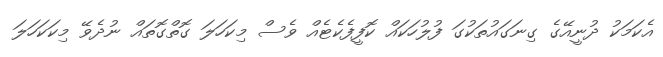
އެކަމަކު ދުނީއޭގެ ގިނަގައުތަކުގަ ފުލުހަކައް ކޮފީފެކެޓެއް ވެސް މިކަހަލަ ގޮތްގޮތައް ނުދެވޭ މިކަކަހަލަ